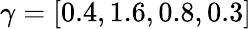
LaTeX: \gamma=[0.4,1.6,0.8,0.3]